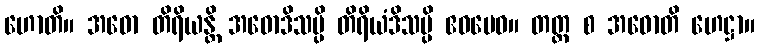
ဟောတိ။ အဓော တိရိယန္တိ အဓောဒိသမ္ပိ တိရိယံဒိသမ္ပိ ဧဝမေဝ။ တတ္ထ စ အဓောတိ ဟေဋ္ဌာ။